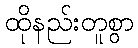
ထိုနည်းတူစွာ